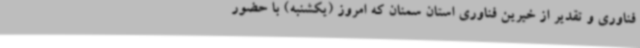
فناوری و تقدیر از خیرین فناوری استان سمنان که امروز (یکشنبه) با حضور